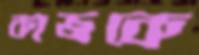
কাজকে